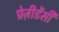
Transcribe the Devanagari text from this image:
प्रेज़ीडेंसी